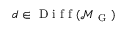
d \in \mathrm { ~ D ~ i ~ f ~ f ~ } ( \mathcal { M } _ { \mathrm { ~ G ~ } } )